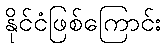
နိုင်ငံဖြစ်ကြောင်း